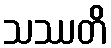
သဿတိ